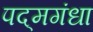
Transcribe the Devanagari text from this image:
पद्‌मगंधा